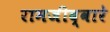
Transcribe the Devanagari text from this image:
रामजीद्वारे